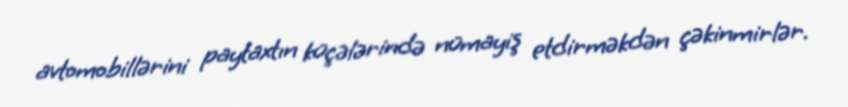
avtomobillərini paytaxtın küçələrində nümayiş etdirməkdən çəkinmirlər.